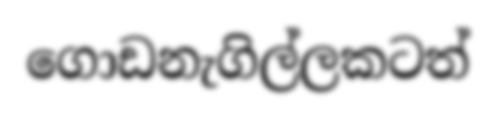
ගොඩනැගිල්ලකටත්